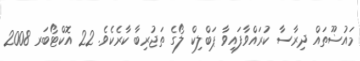
މައުޟޫތައް ދިރާސާ ކުރައްވާފައިވާ ޕަބްލިކް ލޯގެ ތަޖުރިބާ ކާރެކެވެ. 22 އޮކްޓޯބަރ 2008